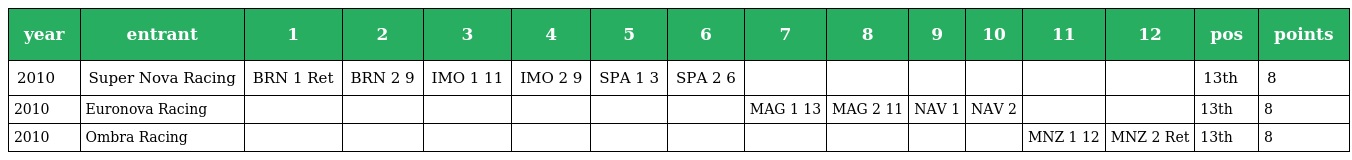
| year | entrant | 1 | 2 | 3 | 4 | 5 | 6 | 7 | 8 | 9 | 10 | 11 | 12 | pos | points |
 | --- | --- | --- | --- | --- | --- | --- | --- | --- | --- | --- | --- | --- | --- | --- | --- |
 | 2010 | Super Nova Racing | BRN 1 Ret | BRN 2 9 | IMO 1 11 | IMO 2 9 | SPA 1 3 | SPA 2 6 |  |  |  |  |  |  | 13th | 8 |
 | 2010 | Euronova Racing |  |  |  |  |  |  | MAG 1 13 | MAG 2 11 | NAV 1 | NAV 2 |  |  | 13th | 8 |
 | 2010 | Ombra Racing |  |  |  |  |  |  |  |  |  |  | MNZ 1 12 | MNZ 2 Ret | 13th | 8 |